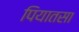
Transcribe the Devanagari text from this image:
पियातसा